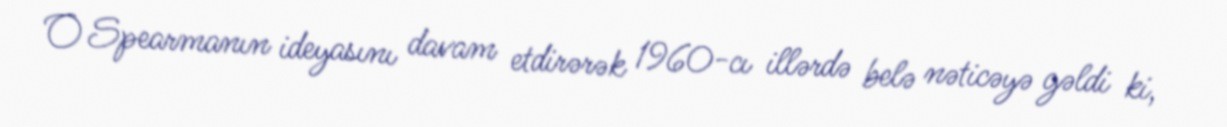
O Spearmanın ideyasını davam etdirərək 1960-cı illərdə belə nəticəyə gəldi ki,